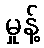
မှုန့်